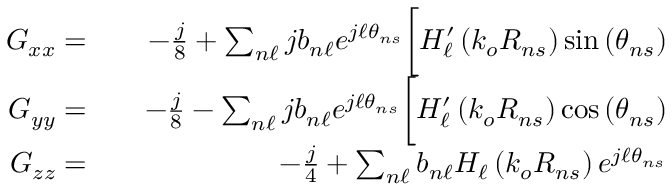
\begin{array} { r l r } { G _ { x x } = } & { { } } & { - \frac { j } { 8 } + \sum _ { n \ell } j b _ { n \ell } e ^ { j \ell \theta _ { n s } } \bigg [ H _ { \ell } ^ { \prime } \left( k _ { o } R _ { n s } \right) \sin \left( \theta _ { n s } \right) } \\ { G _ { y y } = } & { { } } & { - \frac { j } { 8 } - \sum _ { n \ell } j b _ { n \ell } e ^ { j \ell \theta _ { n s } } \bigg [ H _ { \ell } ^ { \prime } \left( k _ { o } R _ { n s } \right) \cos \left( \theta _ { n s } \right) } \\ { G _ { z z } = } & { { } } & { - \frac { j } { 4 } + \sum _ { n \ell } b _ { n \ell } H _ { \ell } \left( k _ { o } R _ { n s } \right) e ^ { j \ell \theta _ { n s } } } \end{array}